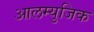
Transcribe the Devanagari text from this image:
आलम्युजिक